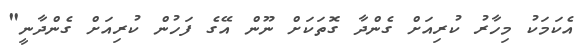
އެކަމަކު މިހާރު ކުރިއަށް ގެންދާ ގޮތަކަށް ނޫން އޭގެ ފަހުން ކުރިއަށް ގެންދާނީ"